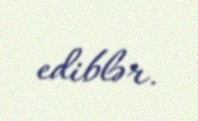
ediblər.